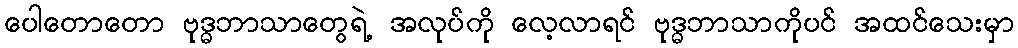
ပေါတောတော ဗုဒ္ဓဘာသာတွေရဲ့ အလုပ်ကို လေ့လာရင် ဗုဒ္ဓဘာသာကိုပင် အထင်သေးမှာ